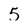
Character: 5